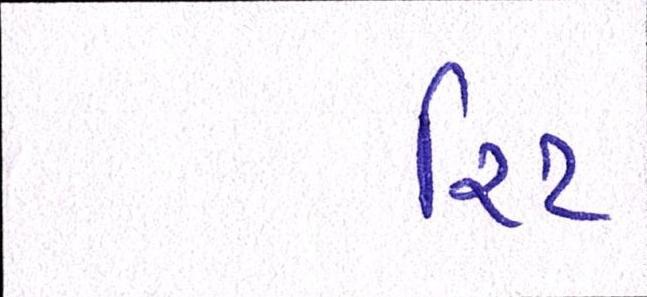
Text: રિટ